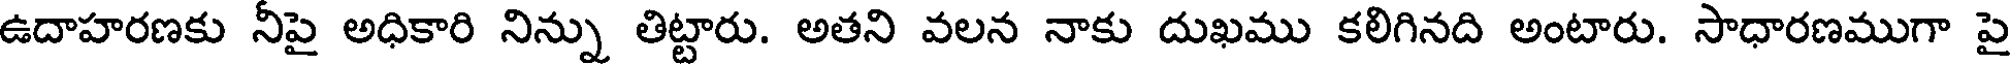
ఉదాహరణకు నీపై అధికారి నిన్ను తిట్టారు. అతని వలన నాకు దుఖము కలిగినది అంటారు. సాధారణముగా పై